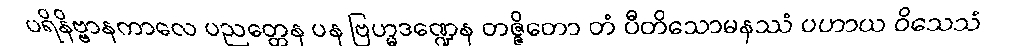
ပရိနိဗ္ဗာနကာလေ ပညတ္တေန ပန ဗြဟ္မဒဏ္ဍေန တဇ္ဇိတော တံ ပီတိသောမနဿံ ပဟာယ ဝိသေသံ